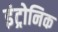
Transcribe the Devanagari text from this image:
इंट्रोनिक